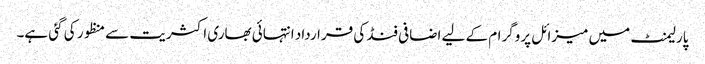
پارلیمنٹ میں میزائل پروگرام کے لیے اضافی فنڈ کی قرارداد انتہائی بھاری اکثریت سے منظور کی گئی ہے۔